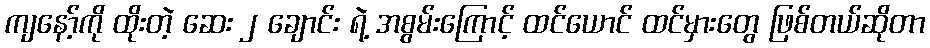
ကျနော့်ကို ထိုးတဲ့ ဆေး ၂ ချောင်း ရဲ့ အစွမ်းကြောင့် ထင်ယောင် ထင်မှားတွေ ဖြစ်တယ်ဆိုတာ